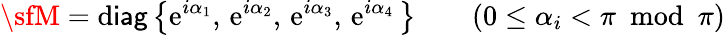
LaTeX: {\sfM}={\sf\mathrm{d}iag}\left\{ \mathrm{{e}}^{i\alpha_{1}},\, \mathrm{{e}}^{i\alpha_{2}},\, \mathrm{{e}}^{i\alpha_{3}},\, \mathrm{{e}}^{i\alpha_{4}}\, \right\} \qquad(0\leq\alpha_{i}<\pi\mathrm{{~~mo\mathrm{d}~~}}\pi)